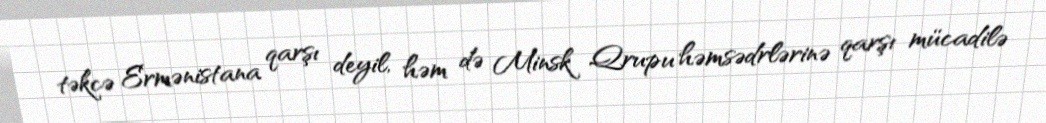
təkcə Ermənistana qarşı deyil, həm də Minsk Qrupu həmsədrlərinə qarşı mücadilə